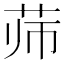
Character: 𰰳